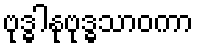
ဗုဒ္ဓါနုဗုဒ္ဓသာဝကာ